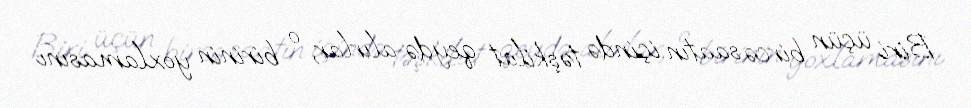
Biri üçün bircə saatın içində təşkilat qeydə alırlar, o birinin yoxlamasını